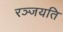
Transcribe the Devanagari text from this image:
रञ्जयति